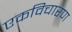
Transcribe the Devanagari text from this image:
एकविचारण